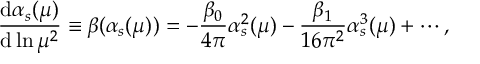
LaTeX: \frac { { \mathrm d } \alpha _ { s } ( \mu ) } { { \mathrm d } \ln \mu ^ { 2 } } \equiv \beta ( \alpha _ { s } ( \mu ) ) = - \frac { \beta _ { 0 } } { 4 \pi } \alpha _ { s } ^ { 2 } ( \mu ) - \frac { \beta _ { 1 } } { 1 6 \pi ^ { 2 } } \alpha _ { s } ^ { 3 } ( \mu ) + \cdots ,